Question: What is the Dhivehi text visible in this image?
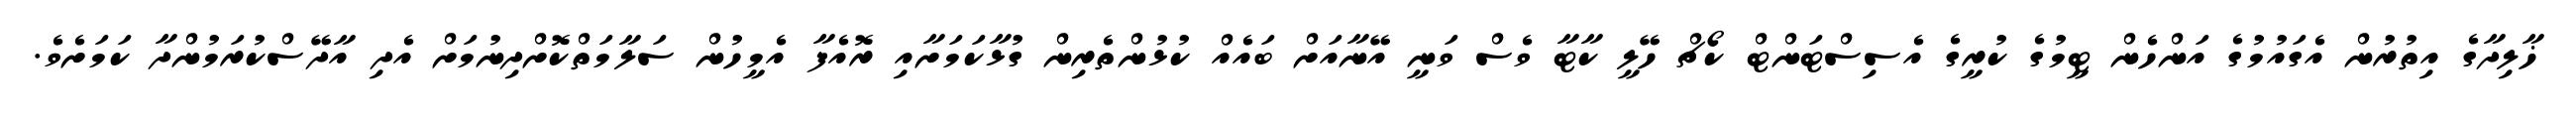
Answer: ޚާލިދާގެ އިތުރުން އެގައުމުގެ އަންހެން ޓީމުގެ ކުރީގެ އެސިސްޓަންޓް ކޯޗް ހޭލީ ކާޓާ ވެސް ވަނީ އޭނާއަށް ބައެއް ކުޅުންތެރިން ގުޅާކަމަށާއި ރޮއެފާ އެމީހުން ސަލާމަތްކޮށްދިނުމަށް އެދި އާދޭސްކުރަމުންދާ ކަމަށެވެ.